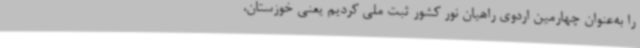
را به‌عنوان چهارمین اردوی راهیان نور کشور ثبت ملی کردیم یعنی خوزستان،